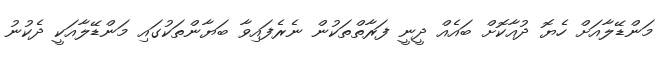
މަންޑޭލާއަށް ހެޔޮ ދުއާކޮށް ބައެއް ދީނީ ފަރާތްތަކުން ނެރެފައިވާ ބަޔާންތަކުގައި މަންޑޭލާއަކީ ދެކުނު